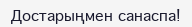
Достарыңмен санаспа!